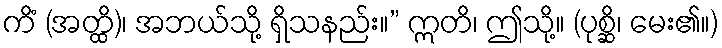
ကိံ (အတ္ထိ)၊ အဘယ်သို့ ရှိသနည်း။” ဣတိ၊ ဤသို့။ (ပုစ္ဆိ၊ မေး၏။)